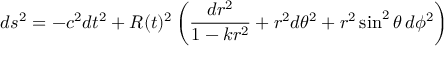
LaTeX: d s ^ { 2 } = - c ^ { 2 } d t ^ { 2 } + R ( t ) ^ { 2 } \left( { \frac { d r ^ { 2 } } { 1 - k r ^ { 2 } } } + r ^ { 2 } d \theta ^ { 2 } + r ^ { 2 } \sin ^ { 2 } \theta \, d \phi ^ { 2 } \right)